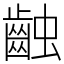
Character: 䶚